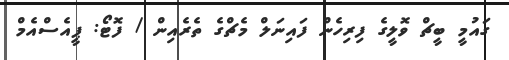
ގައުމީ ބީޗް ވޮލީގެ ފިރިހެން ފައިނަލް މެޗްގެ ތެރެއިން / ފޮޓޯ: ޕީއެސްއެމް